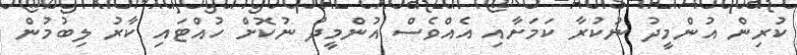
ކުރިން އުންމީދު ނުކުރާ ކަމަށާއި އެއްވެސް އުންމީދު ނުކޮށް ހުއްޓައި ކާރު ލިބުމުން